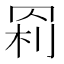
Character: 𰭊